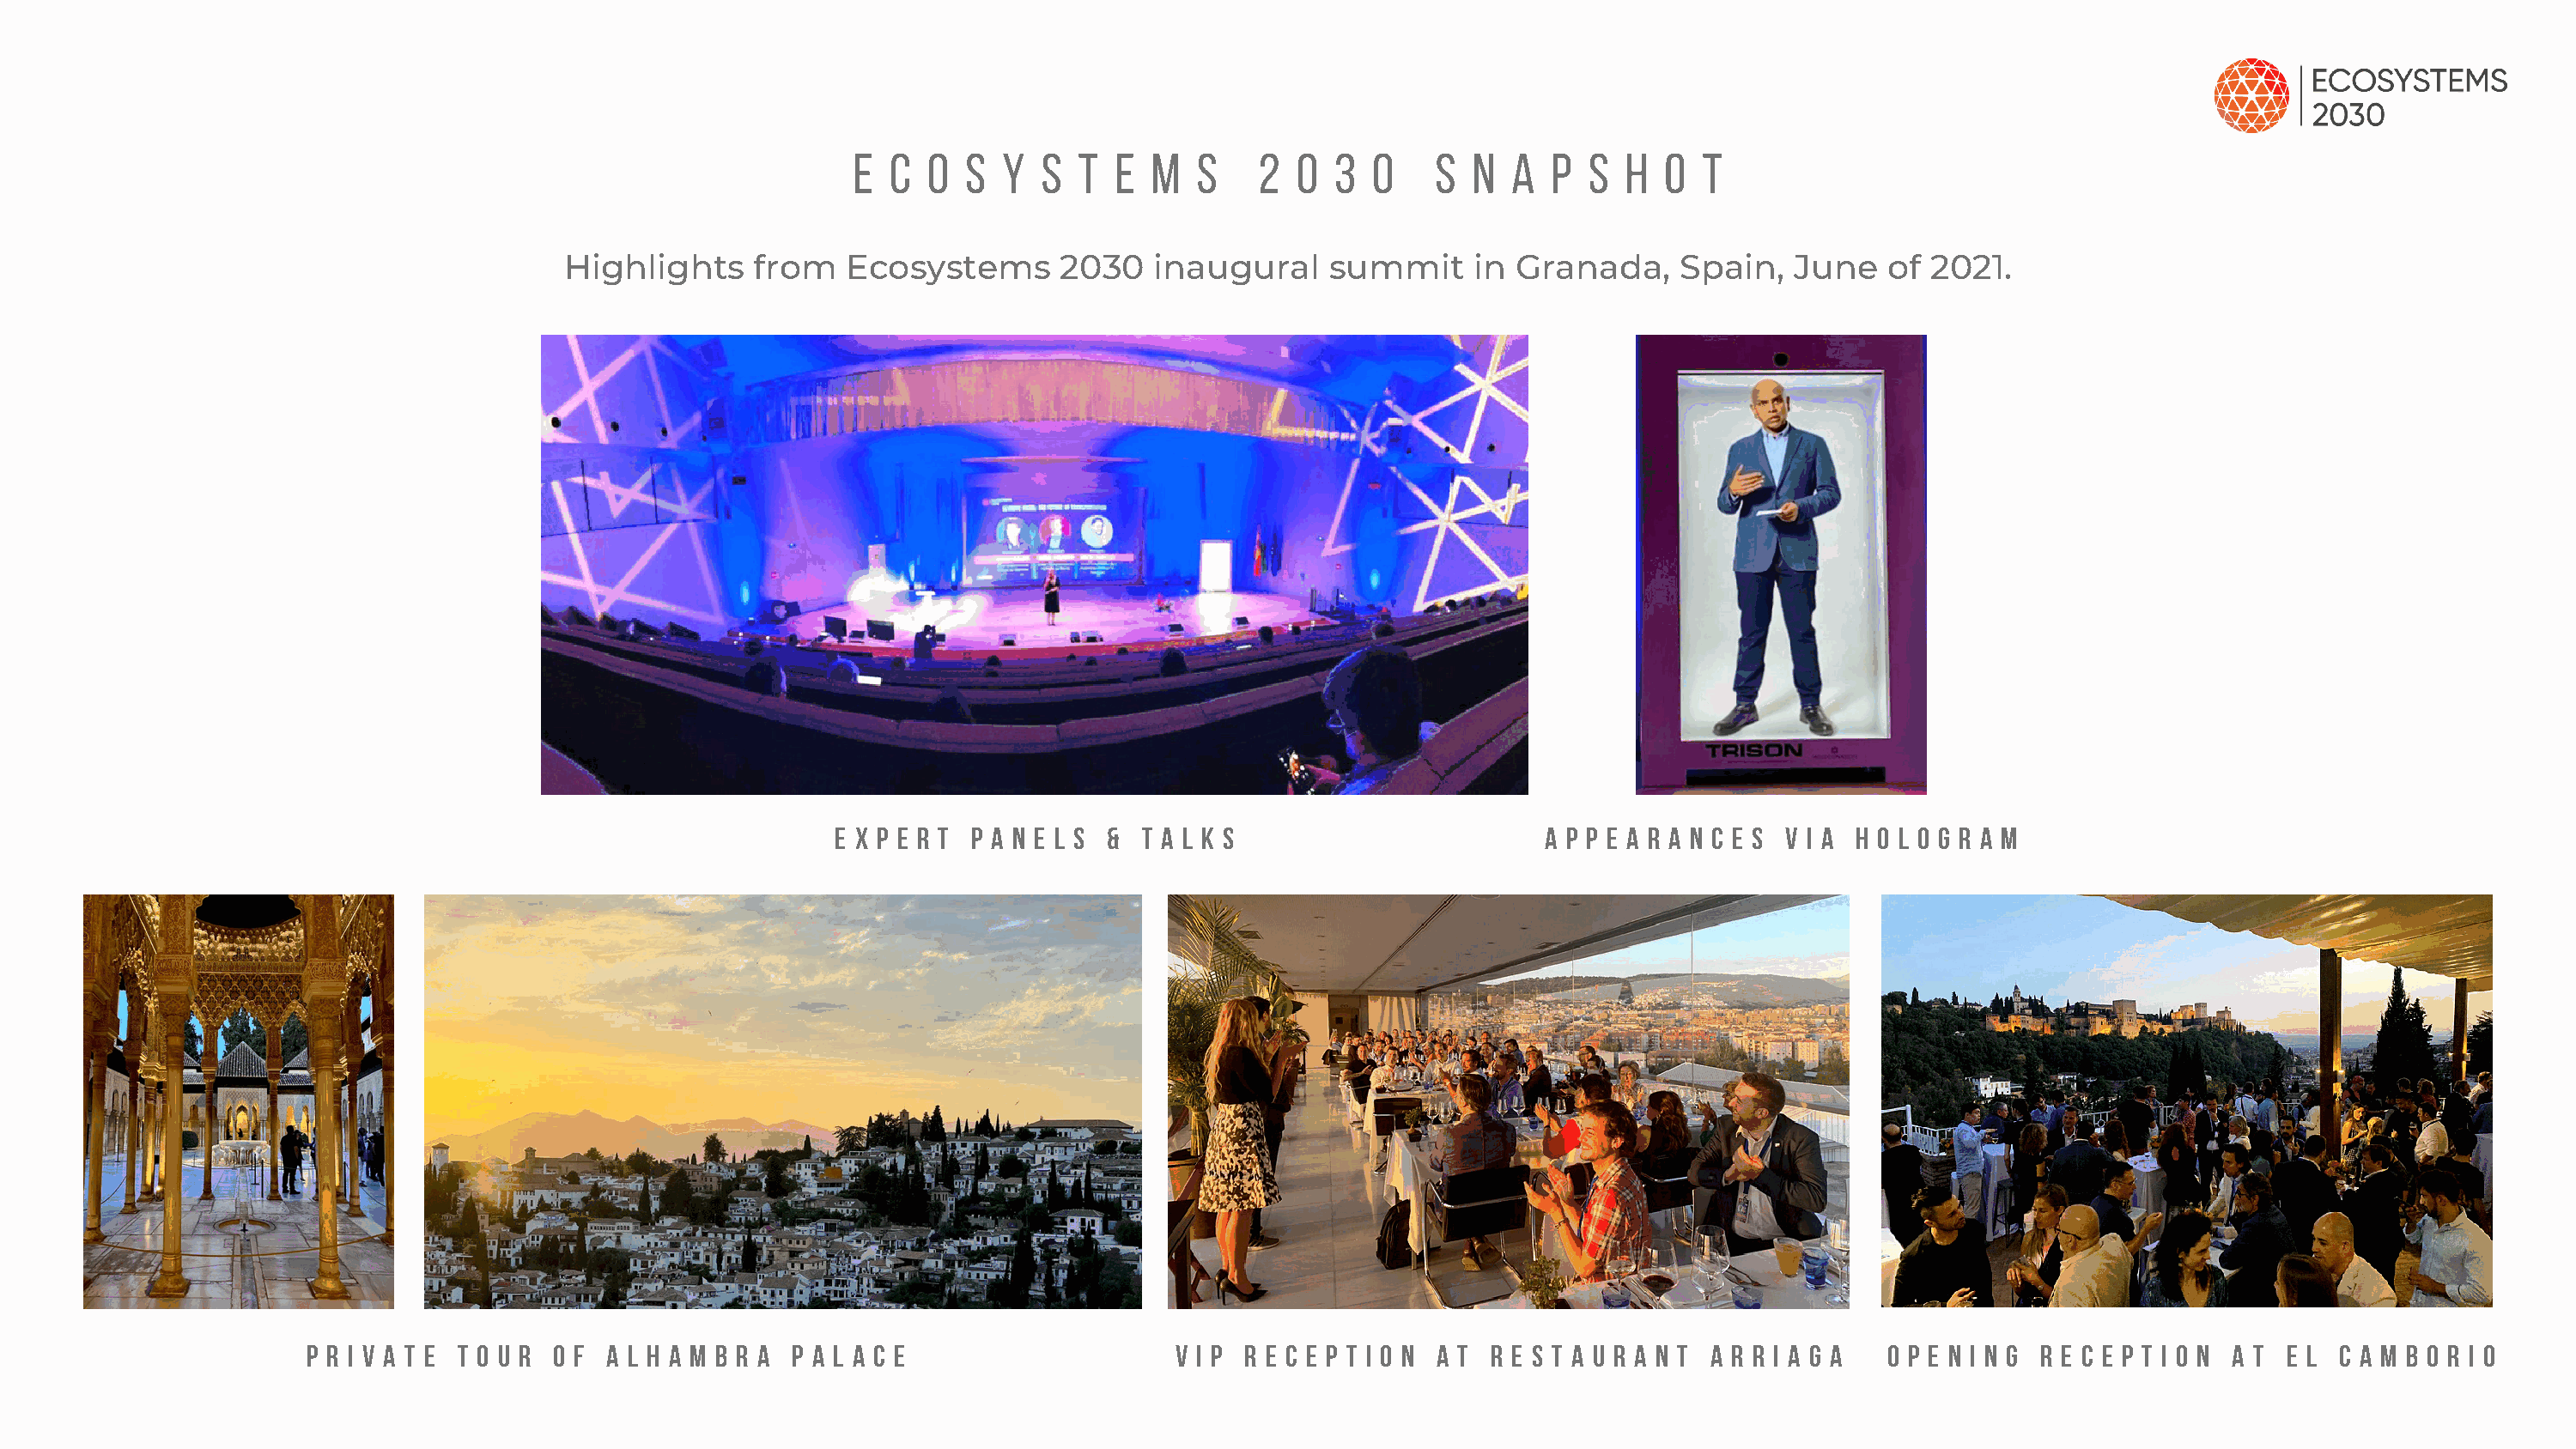
E  C O  S  Y  S  T  E  M  S    2  0  3  0    S  N  A  P S  H  O  T
 Highlights     from   Ecosystems       2030   inaugural    summit      in Granada,     Spain,  June    of 2021.
 E x p e r t p a n e l s & T a l k s                    A p p e a r a n c e s v i a h o l o g r a m
 P r i v a t e t o u r o f A l h a m b r a P a l a c e              V I P r e c e p t i o n a t R e s t a u r a n t A r r i a g a O p e n i n g R e c e p t i o n a t E l C a m b o r i o